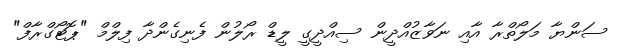
ސަންޔާ މަލޯތްރާ އާއި ނަވާޒުއްދީން ސިއްދީގީ ލީޑް ރޯލުން ފެނިގެންދާ ފިލްމް "ޕޮޓޯގްރާފް"